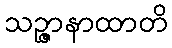
သဉ္ဇာနာထာတိ